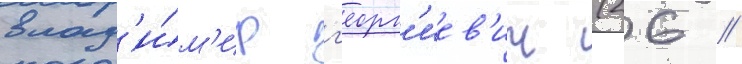
влад'и́м'ир г'еорг'иев'ич (26 //